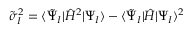
\tilde { \sigma } _ { I } ^ { 2 } = \langle \tilde { \Psi } _ { I } | \hat { H } ^ { 2 } | \Psi _ { I } \rangle - \langle \tilde { \Psi } _ { I } | \hat { H } | \Psi _ { I } \rangle ^ { 2 }